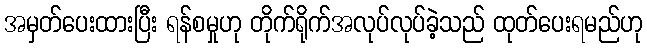
အမှတ်ပေးထားပြီး ရန်စမှုဟု တိုက်ရိုက်အလုပ်လုပ်ခဲ့သည် ထုတ်ပေးရမည်ဟု